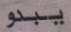
يبدو